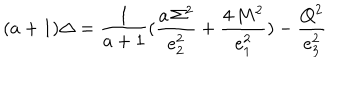
( a + 1 ) \Delta = { \frac { 1 } { a + 1 } } ( { \frac { a \, \Sigma ^ { 2 } } { e _ { 2 } ^ { 2 } } } + { \frac { 4 \, M ^ { 2 } } { e _ { 1 } ^ { 2 } } } ) - { \frac { Q ^ { 2 } } { e _ { 3 } ^ { 2 } } }